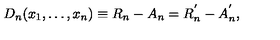
D _ { n } ( x _ { 1 } , \ldots , x _ { n } ) \equiv R _ { n } - A _ { n } = R _ { n } ^ { ^ { \prime } } - A _ { n } ^ { ^ { \prime } } ,